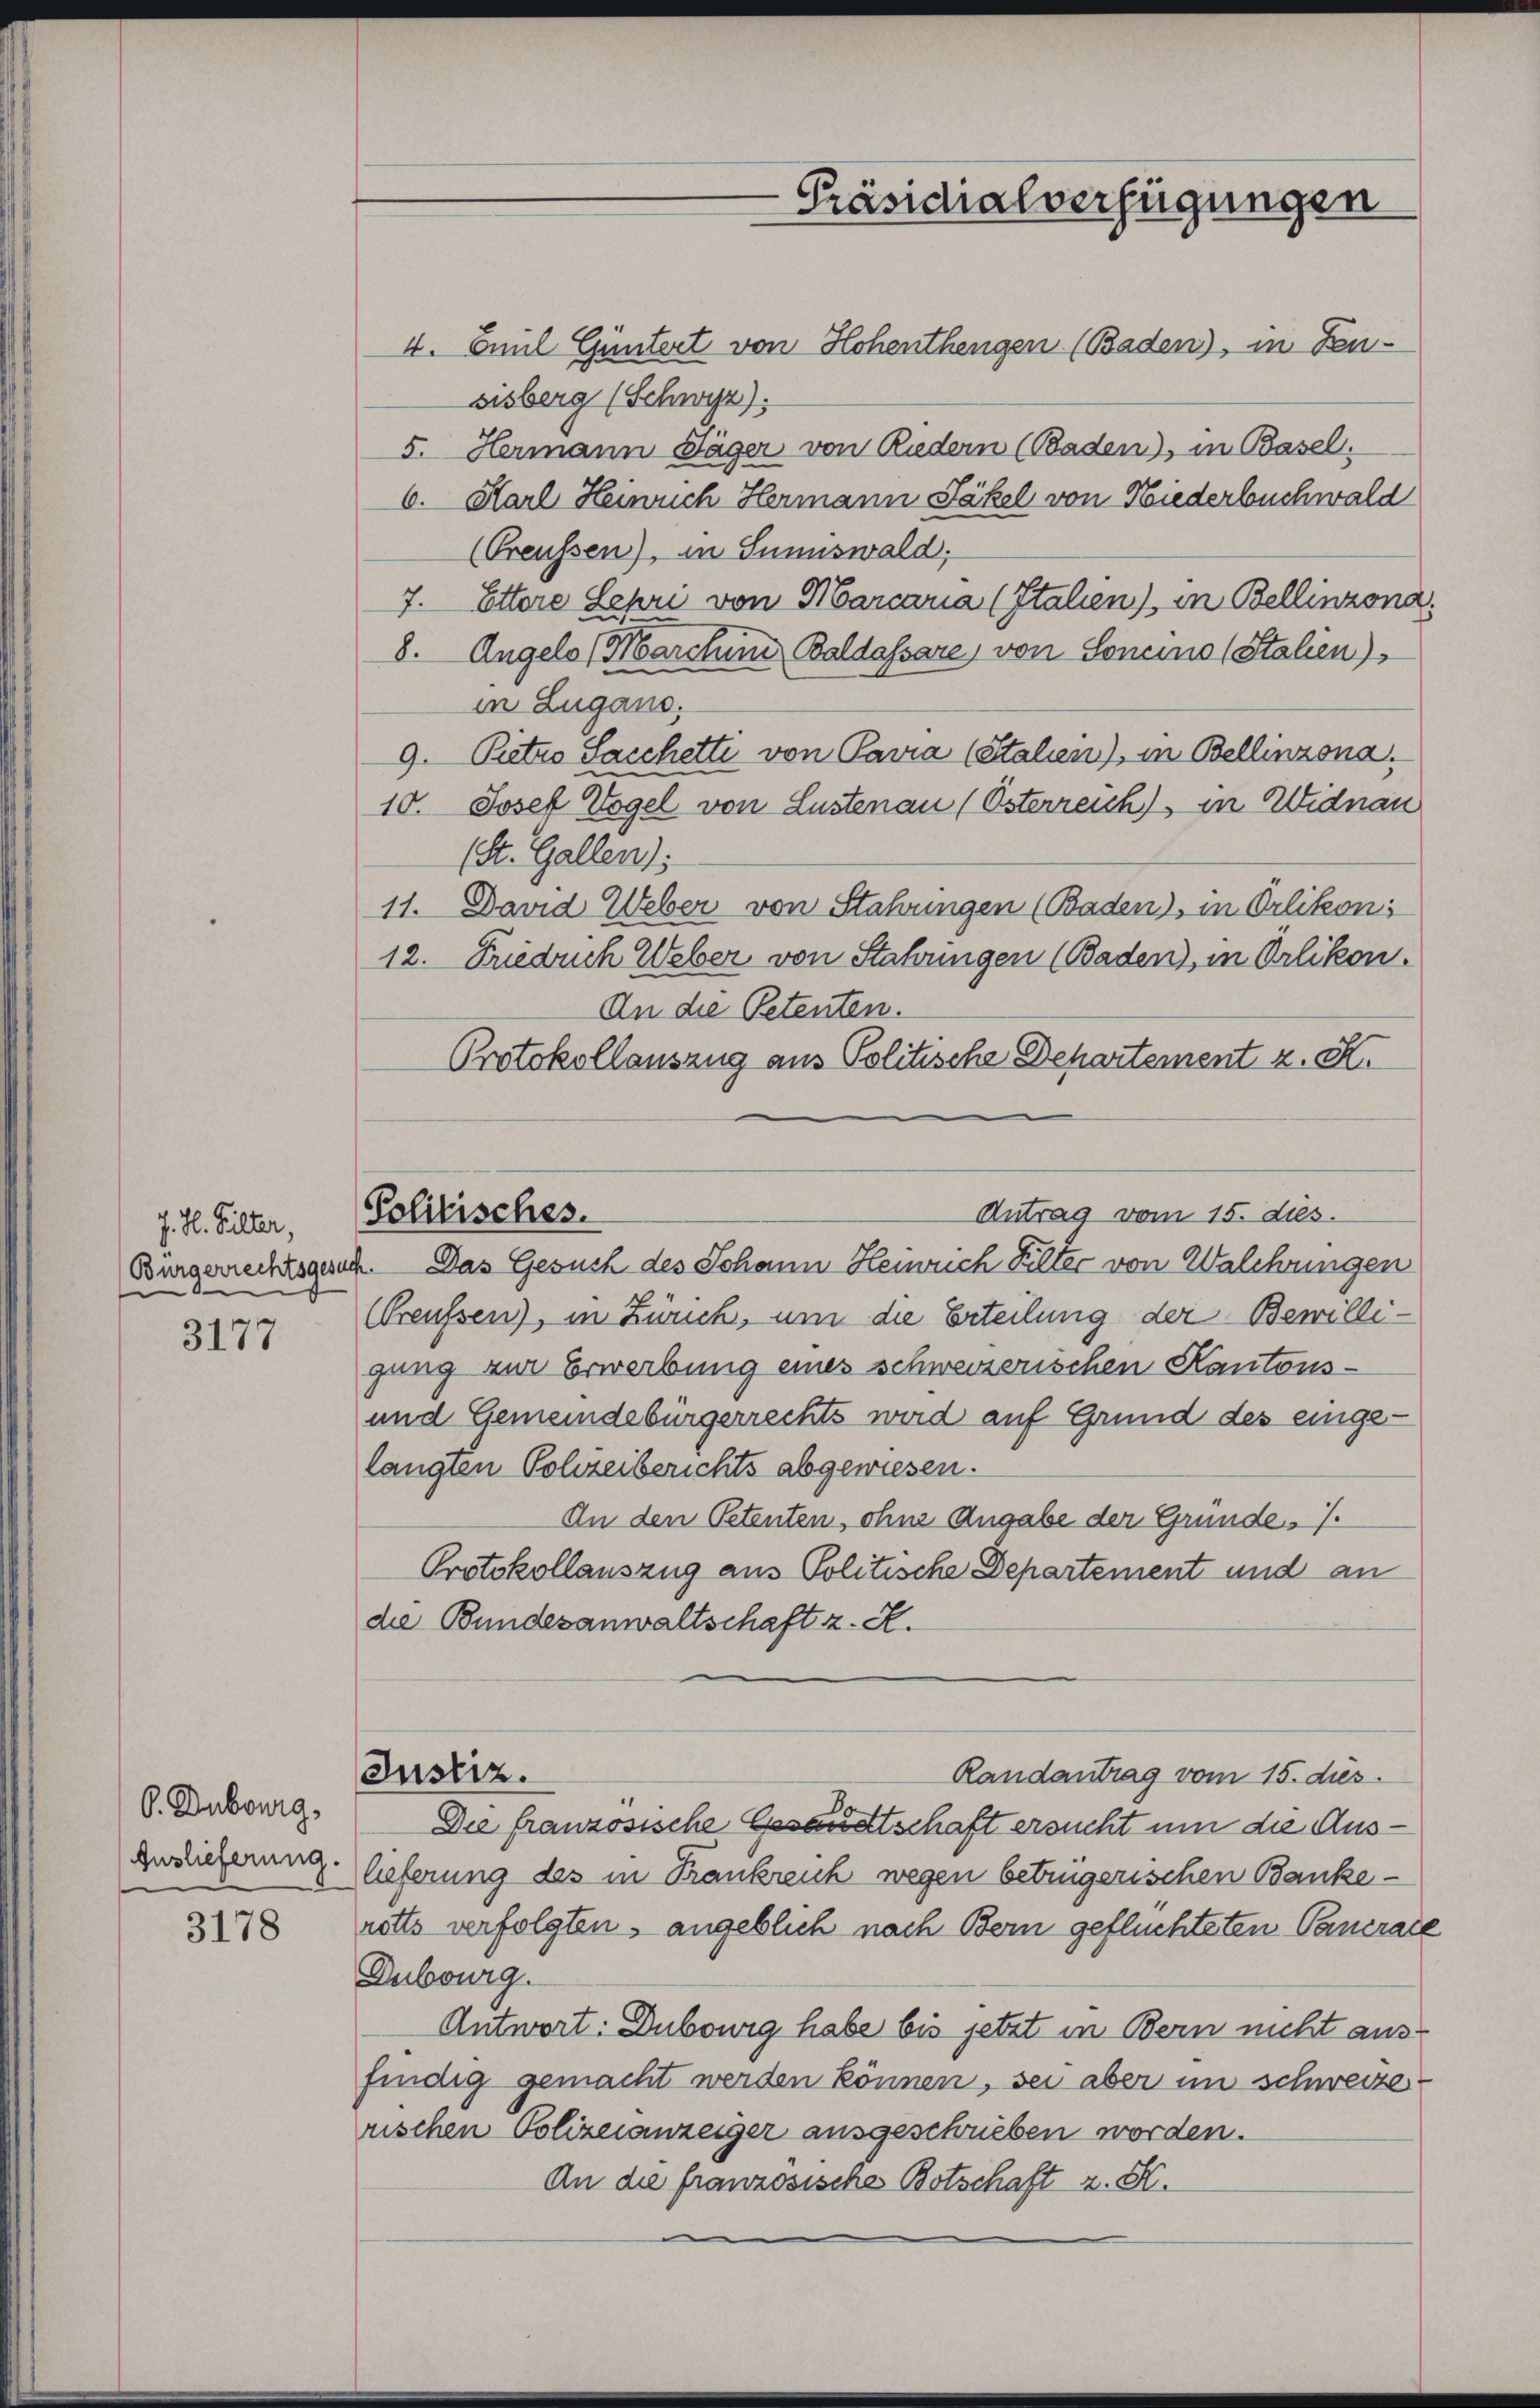
J. H. Gilter,
Bürgerrechtsgesu

3177

O. Dubourg,
Auslieferung.

3178

Politisches.

4. Paul Güntert von Hohenthengen (Baden), im Fensisberg (Schwyz).
5. Hermann Jäger von Riedern (Baden), in Basel
6. Karl Heinrich Hermann Jäkel von Niederbuchwald
(Preussen), in Sumiswald,
7. Ettere Lehri von Marcaria (Italien) in Bellinzona
8. Angels (Marchen Baldassare, von Soneino (Stalien)
in Lugano.
9. Petro Sacchetti von Pavia (Stalien), in Bellinzona.
10. Josef Vogel von Lustenau (Österreich), in Widnau
(St. Gallen);
11. David Weber von Stahringen (Baden), in Orlikon:
12. Frieduch Weber von Stahringen (Baden), in Orlikon.
An die Petenten.
Protokollauszug aus Politische Departement z. K.
Antrag vom 15. dies.
2. Das Gesuch des Johann Heinrich Fulter von Walchrungen
(Greussen), in Zürich, um die Erteilung der Bewilligung zur Erwerbung eines schweizerischen Kantons-
und Gemeindebürgerrechts wird auf Grund des einge-
langten Polizeiberichts abgewiesen.
An den Petenten, ohne Angabe der Grunde.
Protokollauszug aus Politische Departement und an
die Bundesanwaltschaft z. R.
Justiz.
Randantrag vom 15. dies
Die französische Gesandtschaft ersucht um die Auslieferung des in Trankreich wegen betrügerischen Banke -
rotts verfolgten, angeblich nach Bern geflüchteten Pancrate
Dubourg.
Antwort: Dubowig habe bis jetzt in Bern nicht ausfindig gemacht werden können, sei aber im schweize
rischen Polizeianzeiger ausgeschrieben worden.
An die französische Botschaft z. B.

Präsidialverfügungen